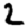
Digit: 2